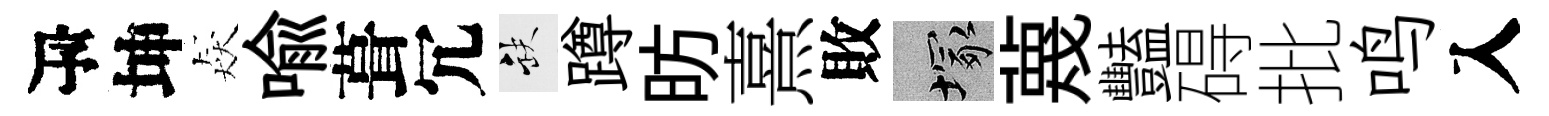
瓴坤猋喻葺冗缺蹲昉熹敗塚蔑豔碍批鸣入